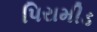
પિરામીડ